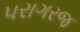
પરાગરજ